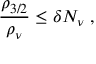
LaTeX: \frac { \rho _ { 3 / 2 } } { \rho _ { \nu } } \leq \delta N _ { \nu } \; ,